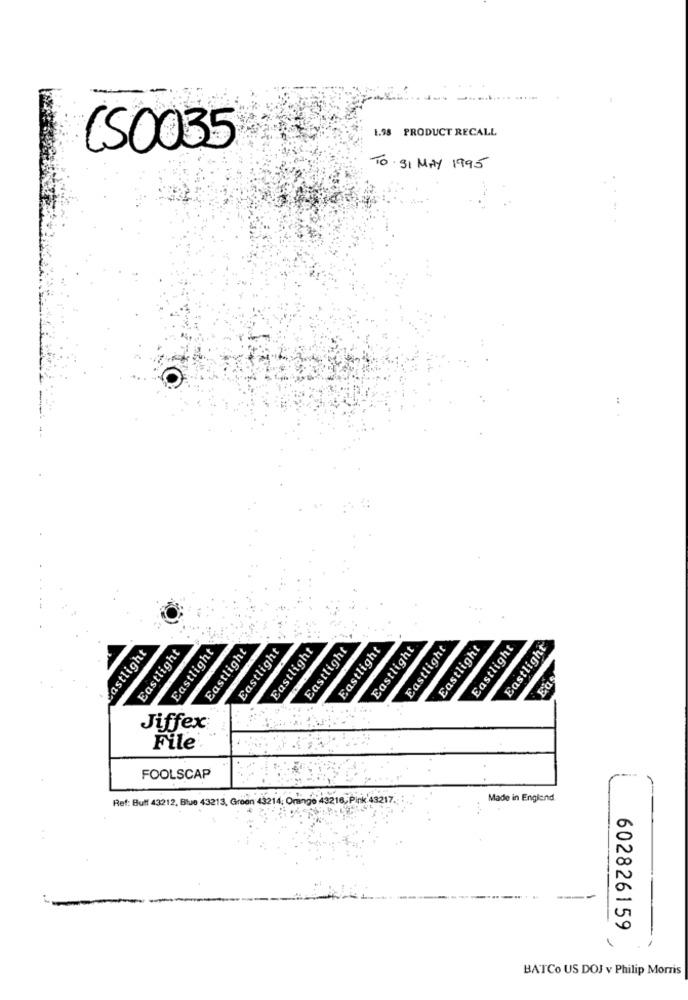
1.98 PRODUCT RECALL
CS0035
TO 31 MAY 1995
Eastlight
Eastlight
Eastlight
Eastlight
Eastlight
Lastlight
Eastlight
Eastlight
Eastlight
Eastlight
Eastlight
Eastlight
Eastlight
Eas
Jiffex
File
FOOLSCAP
Ref: Buff 43212, Blue 43213, Groen 43214: Orange 43218, Pink 43217.
Made in England.
602826159
BATCo US DOJ v Philip Morris